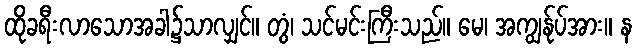
ထိုခရီးလာသောအခါ၌သာလျှင်။ တွံ၊ သင်မင်းကြီးသည်။ မေ၊ အကျွန်ုပ်အား။ န